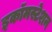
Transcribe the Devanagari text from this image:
इकॉमस्टेशन